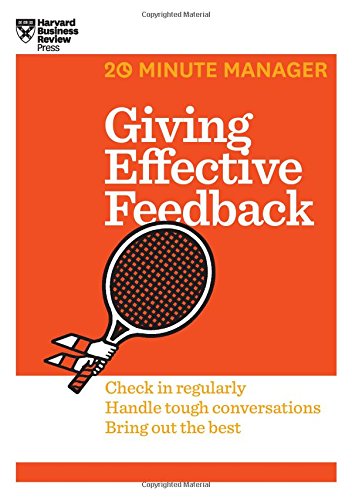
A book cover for Giving Effective Feedback (HBR 20-Minute Manager Series); Harvard Business Review; Business & Money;